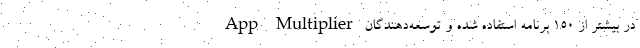
App Multiplier در بیشتر از 150 برنامه استفاده شده و توسعه‌دهندگان